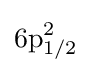
{\text{6p}}_{1/2}^{2}